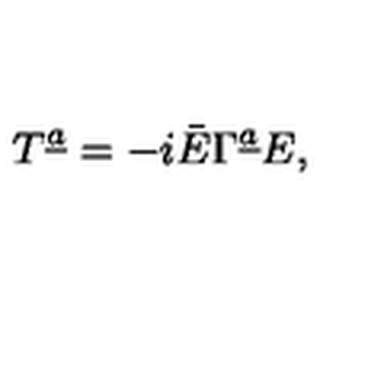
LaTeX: T ^ { \underline { a } } = - i \bar { E } \Gamma ^ { \underline { a } } E ,